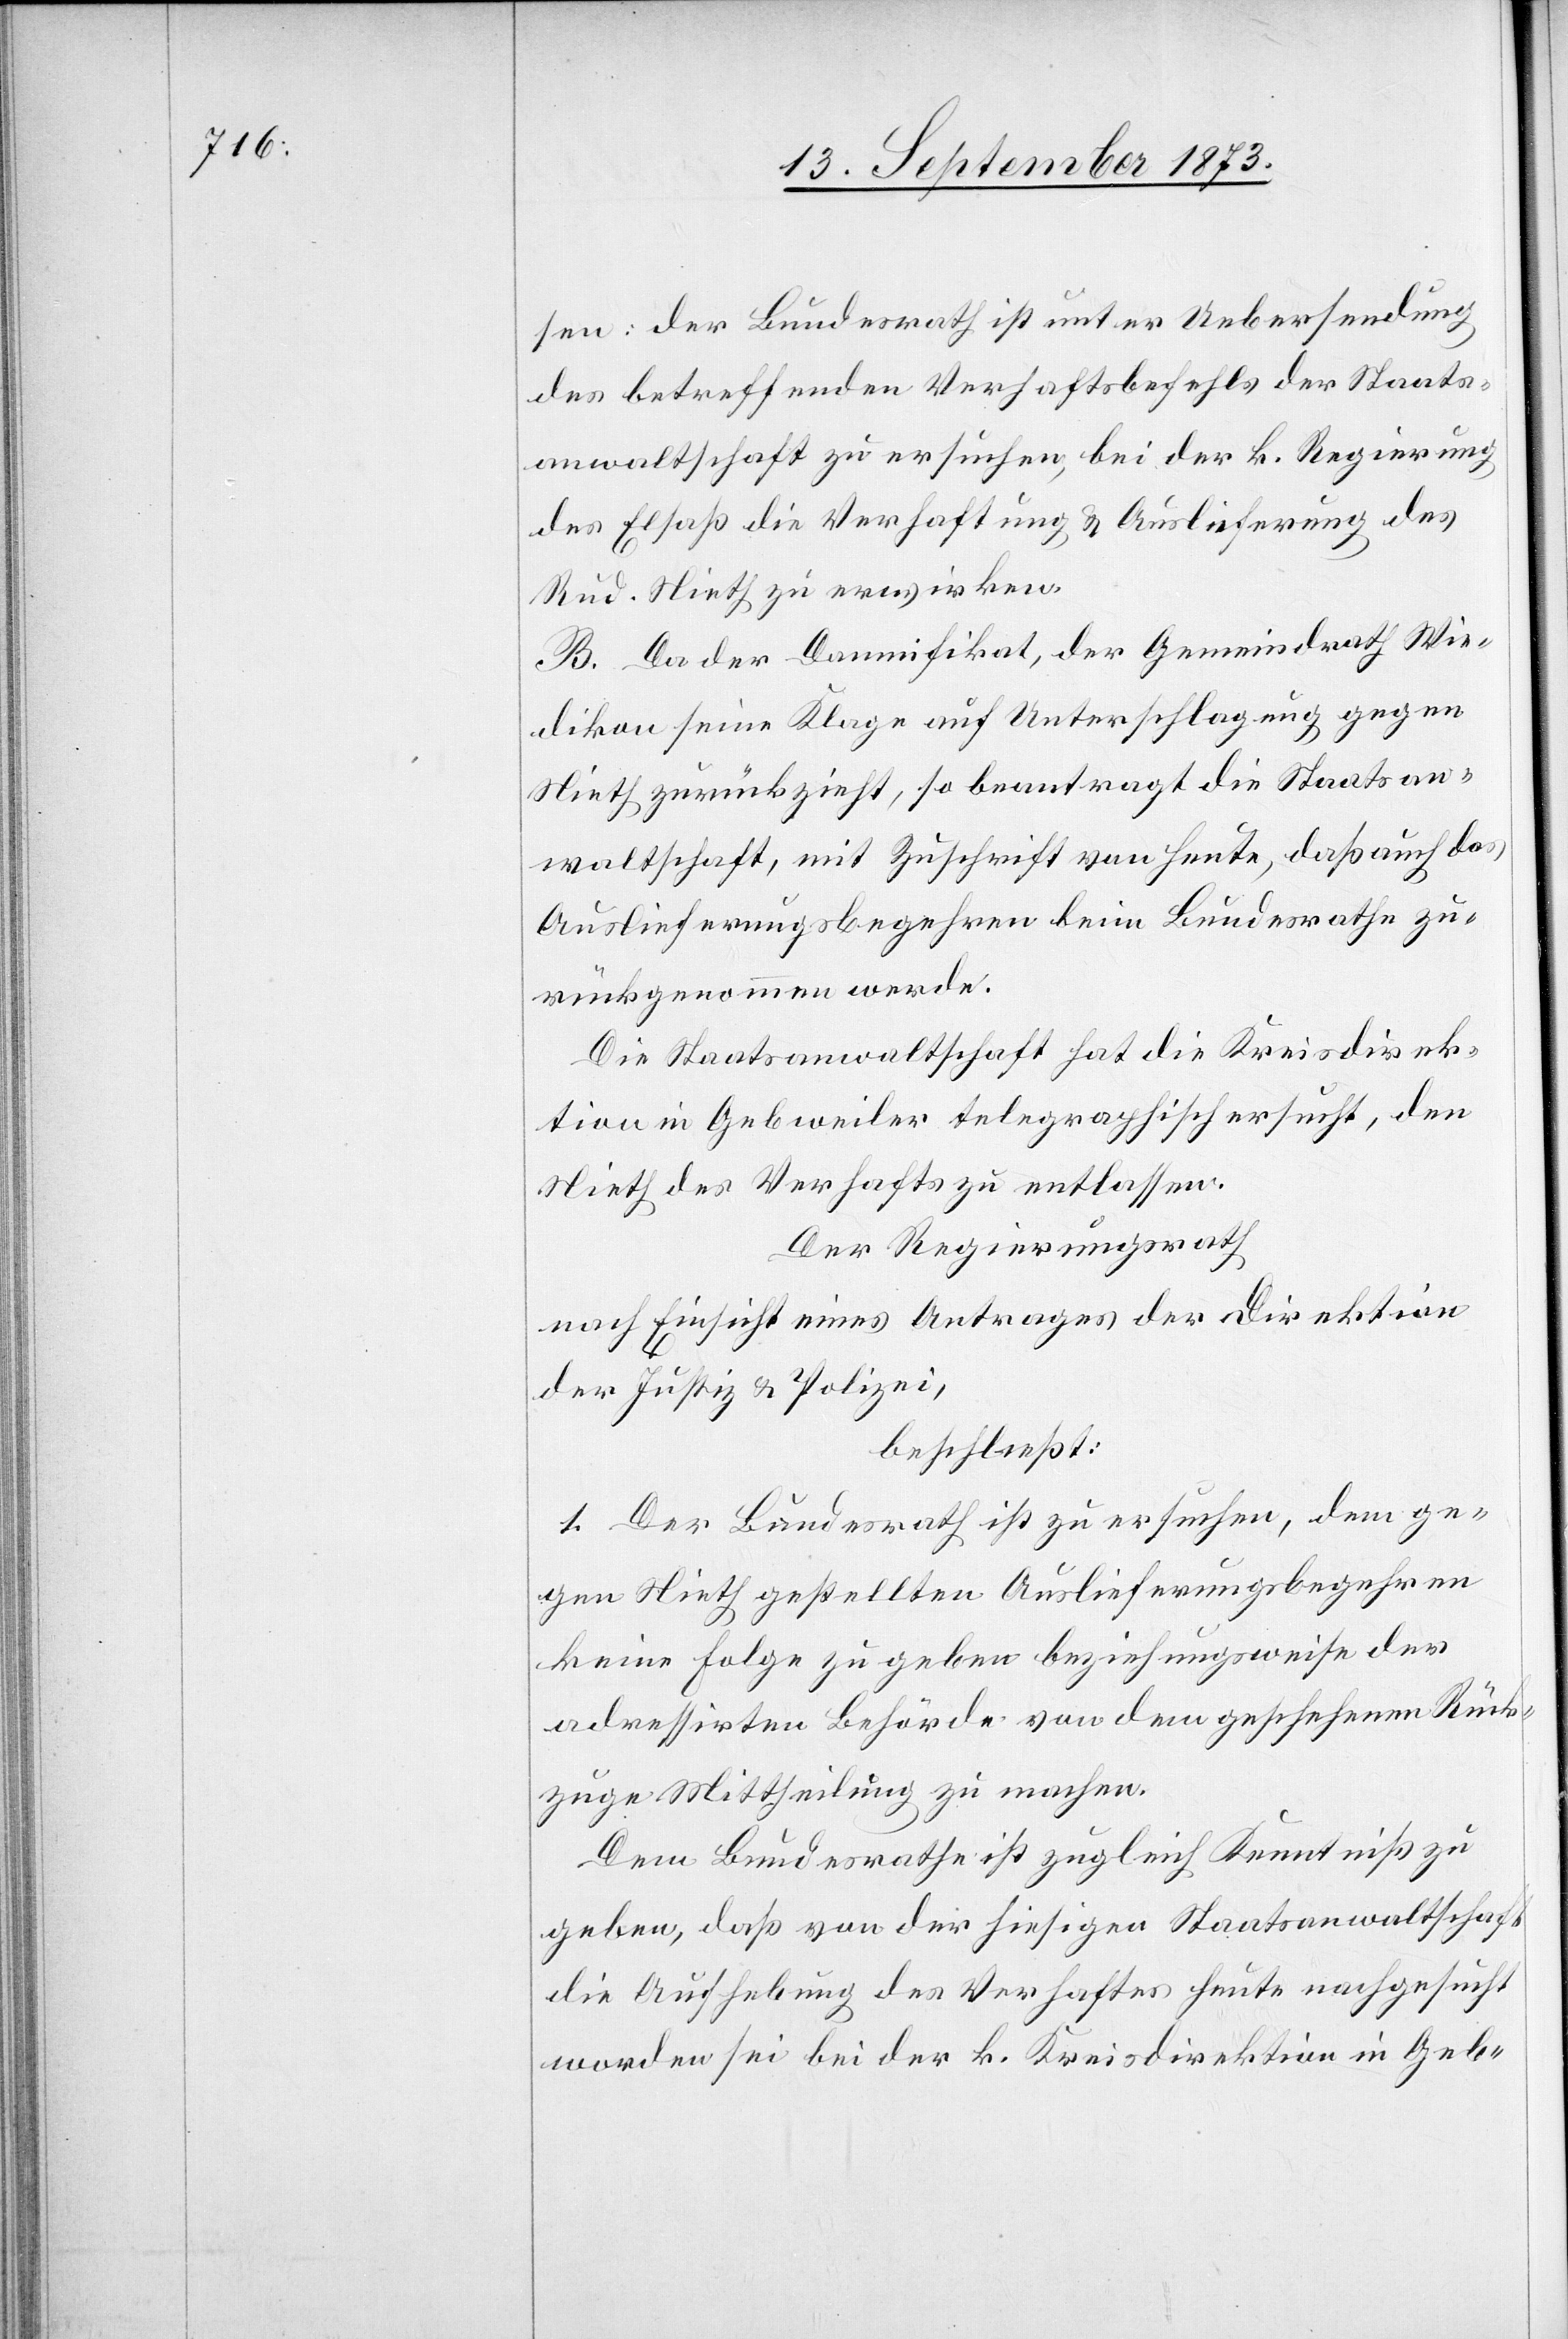
sen: der Bundesrath ist unter Uebersendung
des betreffenden Verhaftsbefehls der Staats¬
anwaltschaft zu ersuchen, bei der k. Regierung
des Elsaß die Verhaftung & Auslieferung des
Rud. Nieth zu erwirken.
B. Da der Damnifikat, der Gemeindrath Wie¬
dikon seine Klage auf Unterschlagung gegen
Nieth zurückzieht, so beantragt die Staatsan¬
waltschaft, mit Zuschrift von heute, daß auch das
Auslieferungsbegehren beim Bundesrathe zu¬
rückgenommen werde.
Die Staatsanwaltschaft hat die Kreisdirek¬
tion in Gebweiler telegraphisch ersucht, den
Nieth des Verhafts zu entlassen.
Der Regierungsrath
nach Einsicht eines Antrages der Direktion
der Justiz & Polizei,
beschließt:
1. Der Bundesrath ist zu ersuchen, dem ge¬
gen Nieth gestellten Auslieferungsbegehren
keine Folge zu geben beziehungsweise der
adressirten Behörde von dem geschehenen Rück¬
zuge Mittheilung zu machen.
Dem Bundesrathe ist zugleich Kenntniß zu
geben, daß von der hiesigen Staatsanwaltschaft
die Aufhebung des Verhaftes heute nachgesucht
worden sei bei der k. Kreisdirektion in Geb-